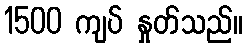
1500 ကျပ် နှုတ်သည်။